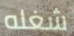
شغله